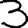
Digit: 3